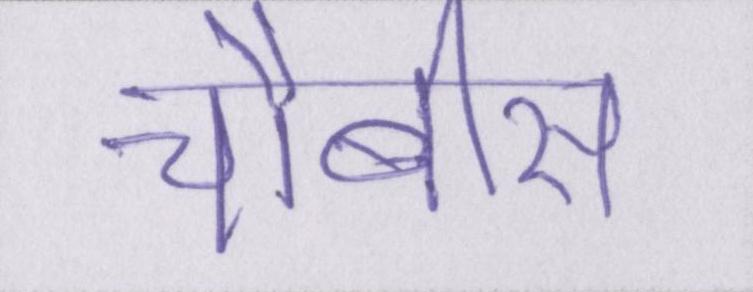
चौबीस